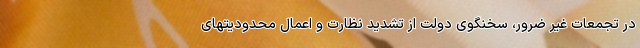
در تجمعات غیر ضرور، سخنگوی دولت از تشدید نظارت و اعمال محدودیتهای